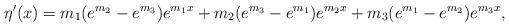
LaTeX: \begin{align*}\eta^\prime(x) = m_1(e^{m_2}-e^{m_3}) e^{m_1 x} + m_2 (e^{m_3}-e^{ m_1 }) e^{m_2 x}+ m_3 ( e^{m_1} - e^{m_2}) e^{m_3 x},\end{align*}